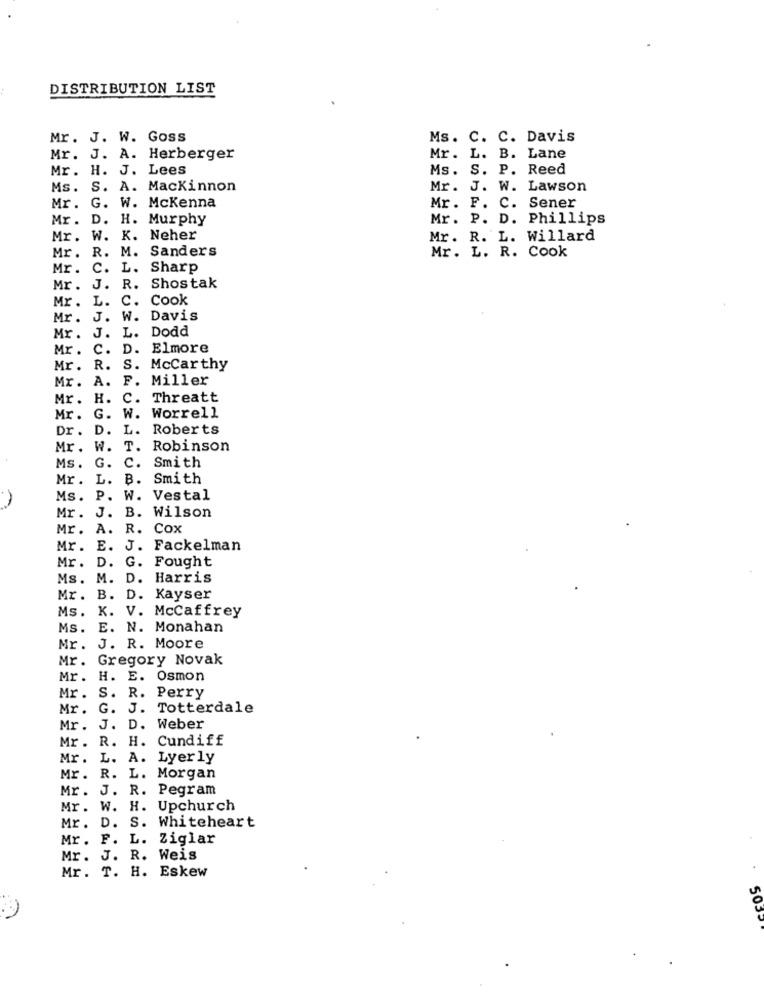
DISTRIBUTION LIST
Mr. J. W. Goss
Ms. C. C. Davis
Mr. J. A. Herberger
Mr. L. B. Lane
Mr. H. J. Lees
Ms. S. P. Reed
Ms. S. A. Mackinnon
Mr. J. W. Lawson
Mr .
G. W. Mckenna
Mr. F. C. Sener
Mr .
D.
H. Murphy
Mr. P. D. Phillips
Mr.
W.
K. Neher
Mr. R. L. Willard
R.
M. Sanders
Mr. L. R. Cook
Mr.
Mr.
C.
L. Sharp
Mr .
J.
R. Shostak
Mr.
L.
C. Cook
Mr .
J.
W. Davis
J.
L.
Dodd
Mr.
Mr .
c.
D. Elmore
Mr.
R.
S. Mccarthy
Mr.
A.
F. Miller
Mr. H. C. Threatt
Mr. G.
W. Worrell
Dr. D. L. Roberts
Mr. W. T. Robinson
G.
C. Smith
Ms.
L.
B. Smith
Mr.
Ms. P. W. Vestal
Mr. J. B. Wilson
Mr. A. R. Cox
Mr.
E. J. Fackelman
D. G. Fought
Mr .
Ms.
M. D. Harris
Mr.
B. D. Kayser
Ms.
K. V. McCaffrey
Ms.
E. N. Monahan
Mr. J. R. Moore
Mr. Gregory Novak
Mr. H. E. Osmon
Mr. S. R. Perry
Mr. G. J. Totterdale
Mr. J. D. Weber
Mr. R. H. Cundiff
Mr .
L. A. Lyerly
Mr. R. L. Morgan
Mr. J. R. Pegram
Mr. W. H. Upchurch
Mr .
D.
S. Whiteheart
Mr. F. L. Ziglar
Mr. J. R. Weis
Mr. T. H. Eskew
503